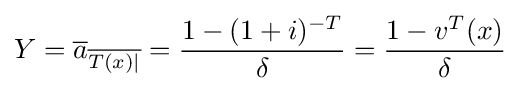
Y={\overline {a}}_{\overline {T(x)|}}={\frac {1-(1+i)^{-T}}{\delta }}={\frac {1-v^{T}(x)}{\delta }}